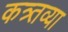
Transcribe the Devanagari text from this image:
कत्र्तव्या